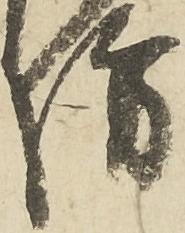
坊